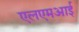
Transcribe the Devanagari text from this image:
एलएमआई